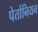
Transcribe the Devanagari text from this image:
पेर्तानियन